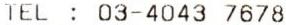
TEL : 03-4043 7678